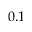
0 . 1